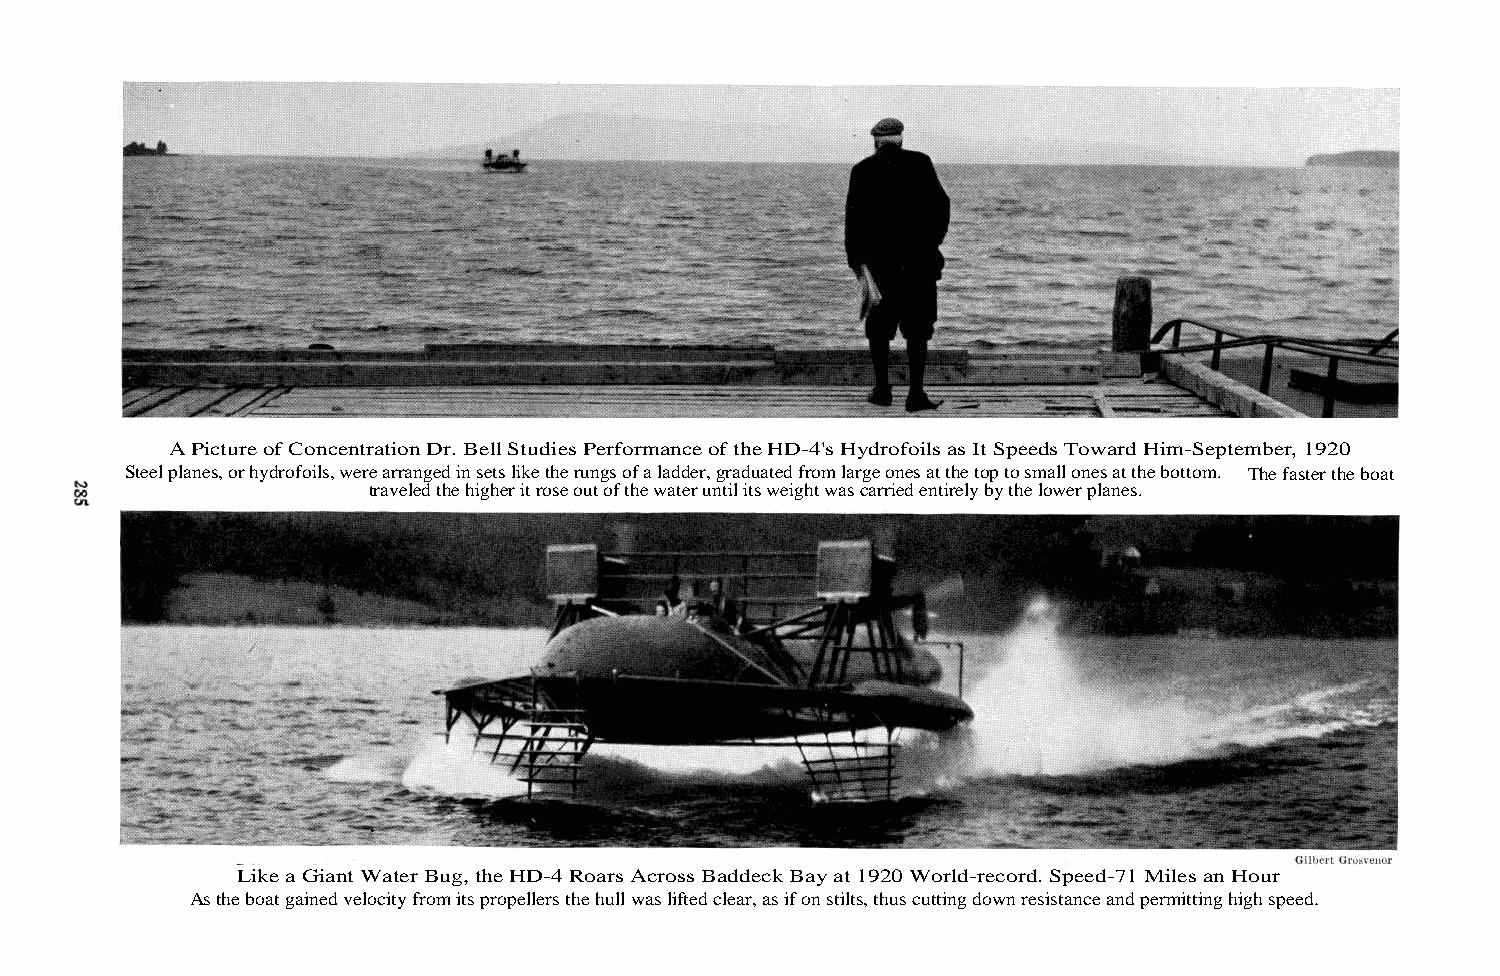
A Picture of Concentration Dr. Bell Studies Performance of the HD-4's Hydrofoils as It Speeds Toward Him-September, 1920
 Steel planes, or hydrofoils, were arranged in sets like the rungs of a ladder, graduated from large ones at the top to small ones at the bottom. The faster the boat
 traveled the higher it rose out of the water until its weight was carried entirely by the lower planes.
 Like a Giant Water Bug, the HD-4 Roars Across Baddeck Bay at 1920 World-record. Speed-71 Miles an Hour
 As the boat gained velocity from its propellers the hull was lifted clear, as if on stilts, thus cutting down resistance and permitting high speed.